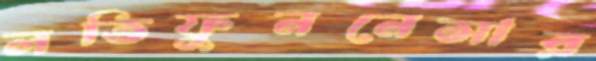
লতিফুননেসার